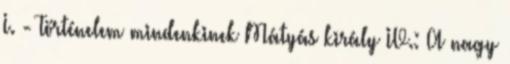
I. - Történelem mindenkinek Mátyás király IV.: A nagy